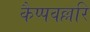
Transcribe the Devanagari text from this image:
कैप्पवल्लरि